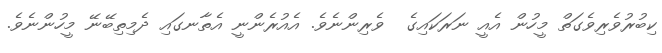
ކިބުރުވެރިވެގަތް މީހުން އެއީ ނަރަކައިގެ  ވެރިންނެވެ. އެއުރެންނީ އެތާނގައި ދެމިތިބޭނޭ މީހުންނެވެ.